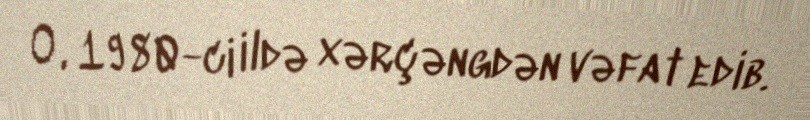
O, 1980-ci ildə xərçəngdən vəfat edib.